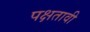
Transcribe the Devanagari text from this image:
पक्षतावी